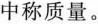
中称质量。